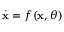
\dot { \mathbf { x } } = f ( \mathbf { x } , \theta )